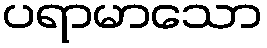
ပရာမာသော